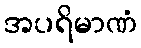
အပရိမာဏံ